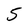
Character: 5